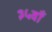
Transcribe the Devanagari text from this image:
३५वाँ